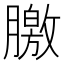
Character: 𣎣